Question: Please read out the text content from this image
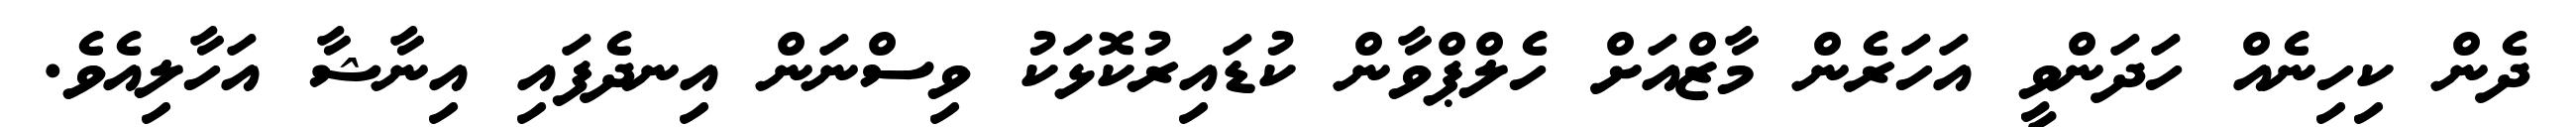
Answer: ދެން ކިހިނެއް ހަދަންވީ އަހަރެން މާޒްއަށް ހެލްޕްވާން ކުޑައިރުކޮޅަކު ވިސްނަން އިނދެފައި އިނާޝާ އަހާލިއެވެ.